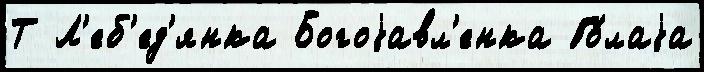
Т Л'еб'ед'янка Богоjавл'енка Го́лаjа